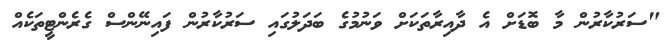
"ސަރުކާރުން މާ ބޮޑަށް އެ ދާއިރާތަކަށް ވަނުމުގެ ބަދަލުގައި ސަރުކާރުން ފައިނޭންސް ގެރެންޓީތަކެއް